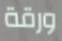
ورقة